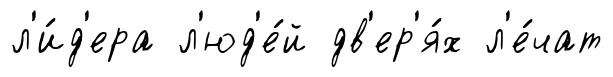
л'и́д'ера л'юд'е́й дв'ер'я́х л'е́чат